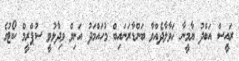
ރައީސް އަބްދު ޔާމީނާ ހަވާލާދެއްވާ ބަންޑާރަނައިބް މުހައްމަދު އަނިލް ވިދާޅުވީ ސުޕްރީމް ކޯޓުގެ